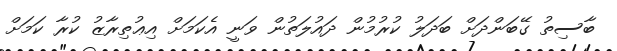
ބާސިތު ގޭބަންދަށް ބަދަލު ކުރުމުން ދައުލަތުން ވަނީ އެކަމަށް އިޢުތިރާޒު ކުރާ ކަމަށް